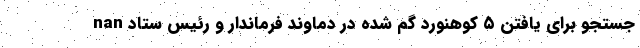
nan جستجو برای یافتن ۵ کوهنورد گم شده در دماوند فرماندار و رئیس ستاد